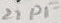
Text: 22pF